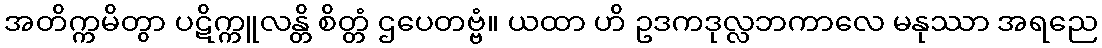
အတိက္ကမိတွာ ပဋိက္ကူလန္တိ စိတ္တံ ဌပေတဗ္ဗံ။ ယထာ ဟိ ဥဒကဒုလ္လဘကာလေ မနုဿာ အရညေ